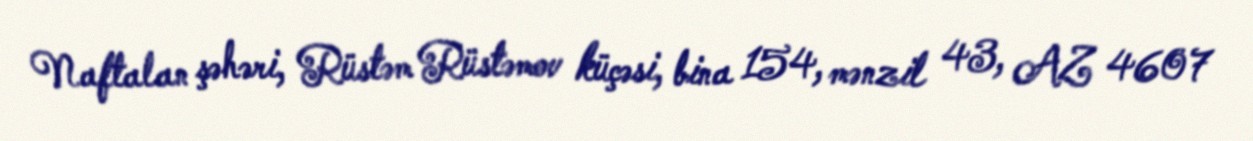
Naftalan şəhəri, Rüstəm Rüstəmov küçəsi, bina 154, mənzil 43, AZ 4607